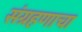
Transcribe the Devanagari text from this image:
संग्रहणाचा